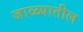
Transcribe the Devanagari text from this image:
जाळ्यातील